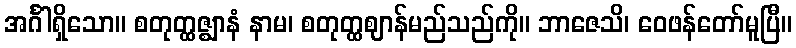
အင်္ဂါရှိသော။ စတုတ္ထဇ္ဈာနံ နာမ၊ စတုတ္ထဈာန်မည်သည်ကို။ ဘာဇေသိ၊ ဝေဖန်တော်မူပြီ။